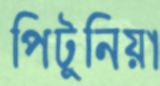
পিটুনিয়া